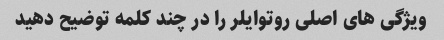
ویژگی های اصلی روتوایلر را در چند کلمه توضیح دهید